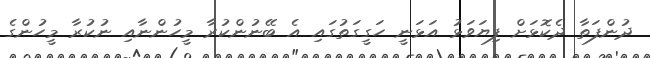
ދުންފަތާ ދެކޮޅަށް ފިޔަވަޅު އަޅަނީ ހަގީގަތުގައި އެ ބޭނުންކުރާ މީހުންނާއި ނުކުރާ މީހުންގެ